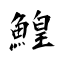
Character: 鰉